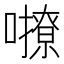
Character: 𡃔